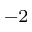
^ { - 2 }